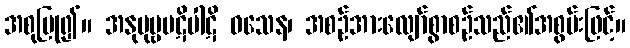
အစုပြု၍။ အနုပုဗ္ဗပဋိပါဋိ ဝသေန၊ အစဉ်အားလျော်စွာစဉ်သည်၏အစွမ်းဖြင့်။